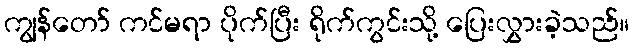
ကျွန်တော် ကင်မရာ ပိုက်ပြီး ရိုက်ကွင်းသို့ ပြေးလွှားခဲ့သည်။